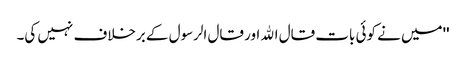
''میں نے کوئی بات قال اﷲ اور قال الرسول کے برخلاف نہیں کی۔